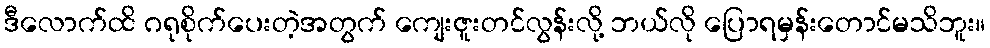
ဒီလောက်ထိ ဂရုစိုက်ပေးတဲ့အတွက် ကျေးဇူးတင်လွန်းလို့ ဘယ်လို ပြောရမှန်းတောင်မသိဘူး။